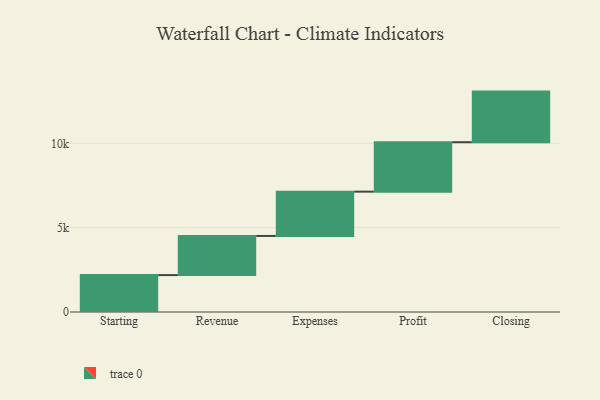
{"axis": {"x": "Step", "y": "Value"}, "legend": [""], "data": [{"x": "Starting", "y": 2189.0, "type": ""}, {"x": "Revenue", "y": 2320.0, "type": ""}, {"x": "Expenses", "y": 2626.0, "type": ""}, {"x": "Profit", "y": 2932.0, "type": ""}, {"x": "Closing", "y": 3000, "type": ""}]}